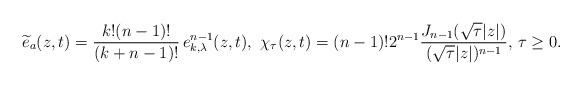
\begin{align*} \widetilde{e}_a(z,t) = \frac{k! (n-1)!}{(k+n-1)!}\, e_{k,\lambda}^{n-1}(z,t),\,\, \chi_\tau(z,t) = (n-1)! 2^{n-1} \frac{J_{n-1}(\sqrt{\tau}|z|)}{(\sqrt{\tau}|z|)^{n-1}}, \, \tau \geq 0.\end{align*}